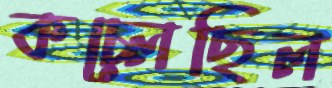
কচ্‌লেছিল